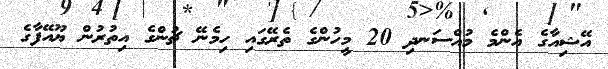
އޭޝިއާގެ އެންމެ މުއްސަނދި 20 މީހުންގެ ތެރޭގައި ހިމެނޭ ޗުންގެ އިތުރުން ޔޫއޭފާގެ